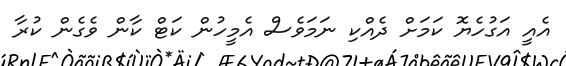
އެއީ އަގުހެޔޮ ކަމަށް ދެއްކި ނަމަވެސް އެމީހުން ކަޓް ކާން ވެގެން ކުރާ